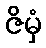
ဇိမှံ